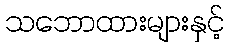
သဘောထားများနှင့်